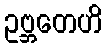
ဥဗ္ဘတေဟိ